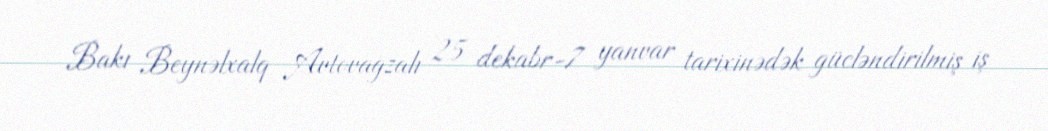
Bakı Beynəlxalq Avtovağzalı 25 dekabr-7 yanvar tarixinədək gücləndirilmiş iş